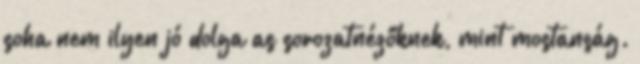
soha nem ilyen jó dolga as sorozatnézőknek, mint mostanság.